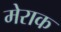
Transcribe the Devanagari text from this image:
मेराक